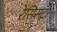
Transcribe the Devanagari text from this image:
रेसिसटर